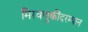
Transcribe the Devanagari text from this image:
मिरवणुकींदरम्यान